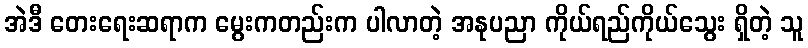
အဲဒီ တေးရေးဆရာက မွေးကတည်းက ပါလာတဲ့ အနုပညာ ကိုယ်ရည်ကိုယ်သွေး ရှိတဲ့ သူ